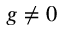
g \neq 0